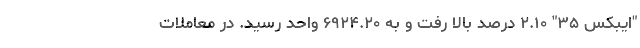
"ایبکس ۳۵" ۲.۱۰ درصد بالا رفت و به ۶۹۲۴.۲۰ واحد رسید. در معاملات